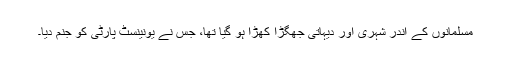
مسلمانوں کے اندر شہری اور دیہاتی جھگڑا کھڑا ہو گیا تھا، جس نے یونینسٹ پارٹی کو جنم دیا۔